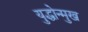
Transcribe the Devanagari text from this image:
युद्धोन्मुख